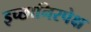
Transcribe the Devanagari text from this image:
इच्छानिरपेक्ष